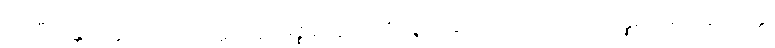
အတီတန္တိ ရတ္တာဝသေသံ ဣဋ္ဌဣဋ္ဌမဇ္ဈတ္တေသု ဘိဇ္ဇေယျ ဟေဋ္ဌာပါသာဒဿ ပန္နရသမူလကေ လ္တု